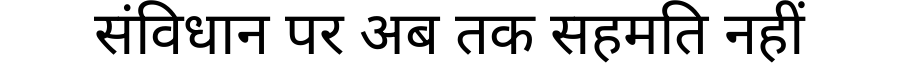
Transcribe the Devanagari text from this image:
संविधान पर अब तक सहमति नहीं